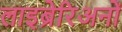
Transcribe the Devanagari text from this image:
लाइब्रेरिअनों